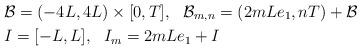
LaTeX: \begin{align*}& \mathcal{B} = (-4L, 4L) \times [0,T], \ \ \mathcal{B}_{m,n} = (2m L e_1 , nT) + \mathcal{B} \\& I = [-L, L], \ \ I_m = 2mLe_1 + I\end{align*}